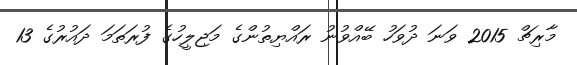
މާރިޗް 2015 ވަނަ ދުވަހު ބޭއްވުނު ރައްޔިތުންގެ މަޖިލީހުގެ ފުރަތަމަ ދައުރުގެ 13